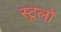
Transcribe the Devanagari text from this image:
स्टूलों